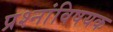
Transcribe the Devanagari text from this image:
प्रश्नांविषयक